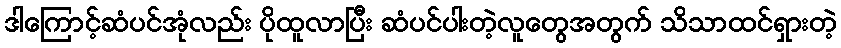
ဒါကြောင့်ဆံပင်အုံလည်း ပိုထူလာပြီး ဆံပင်ပါးတဲ့လူတွေအတွက် သိသာထင်ရှားတဲ့